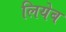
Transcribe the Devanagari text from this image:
लियेब